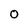
Character: 0